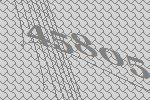
45805